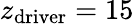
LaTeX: z_{\mathrm{driver}}=15